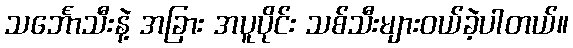
သင်္ဘောသီးနဲ့ အခြား အပူပိုင်း သစ်သီးများဝယ်ခဲ့ပါတယ်။